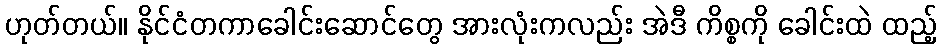
ဟုတ်တယ်။ နိုင်ငံတကာခေါင်းဆောင်တွေ အားလုံးကလည်း အဲဒီ ကိစ္စကို ခေါင်းထဲ ထည့်